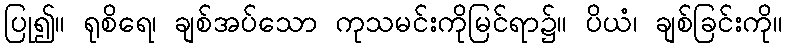
ပြု၍။ ရုစိရေ၊ ချစ်အပ်သော ကုသမင်းကိုမြင်ရာ၌။ ပိယံ၊ ချစ်ခြင်းကို။